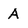
Character: A